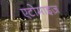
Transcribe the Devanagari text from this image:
एटोमाइज़